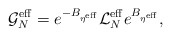
\begin{align*}\mathcal{G}_N^\mathrm{eff}=e^{-B_{\eta^\mathrm{eff}}} \mathcal{L}_N^\mathrm{eff} e^{B_{\eta^\mathrm{eff}}},\end{align*}